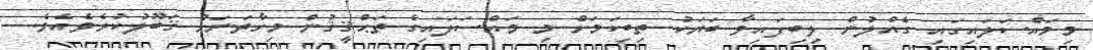
މިމައްސަލައިގައި ގެއްލުން ލިބިފައިވާ ބަޔަކު ތިބިކަމަށް މި މައްސަަލައިގެ ތަޙްޤީޤުން މިހާތަނަށް ޤަބޫލުކުރެވެއެވެ.